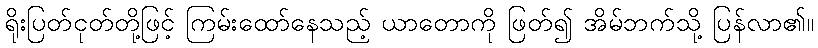
ရိုးပြတ်ငုတ်တို့ဖြင့် ကြမ်းထော်နေသည့် ယာတောကို ဖြတ်၍ အိမ်ဘက်သို့ ပြန်လာ၏။